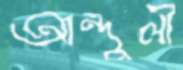
আন্দুলী